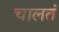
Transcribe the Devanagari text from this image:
चालतं